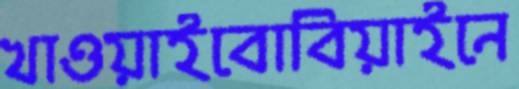
খাওয়াইবোবিয়াইনে